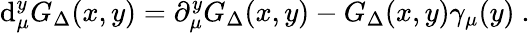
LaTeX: \mathrm{d}_{\mu}^{y}G_{\Delta}(x,y)=\partial_{\mu}^{y}G_{\Delta}(x,y)-G_{\Delta}(x,y)\gamma_{\mu}(y)~.